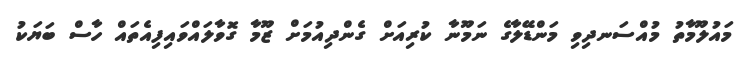
މައުލޫމާތު މުއްސަނދިވި މަންޑޭލާގެ ނަމޫނާ ކުރިއަށް ގެންދިއުމަށް ޒޫމާ ގޮވާލައްވައިފިއެތައް ހާސް ބަޔަކު